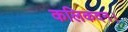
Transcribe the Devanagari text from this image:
कलिकदन।